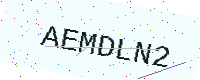
Text: AEMDLN2